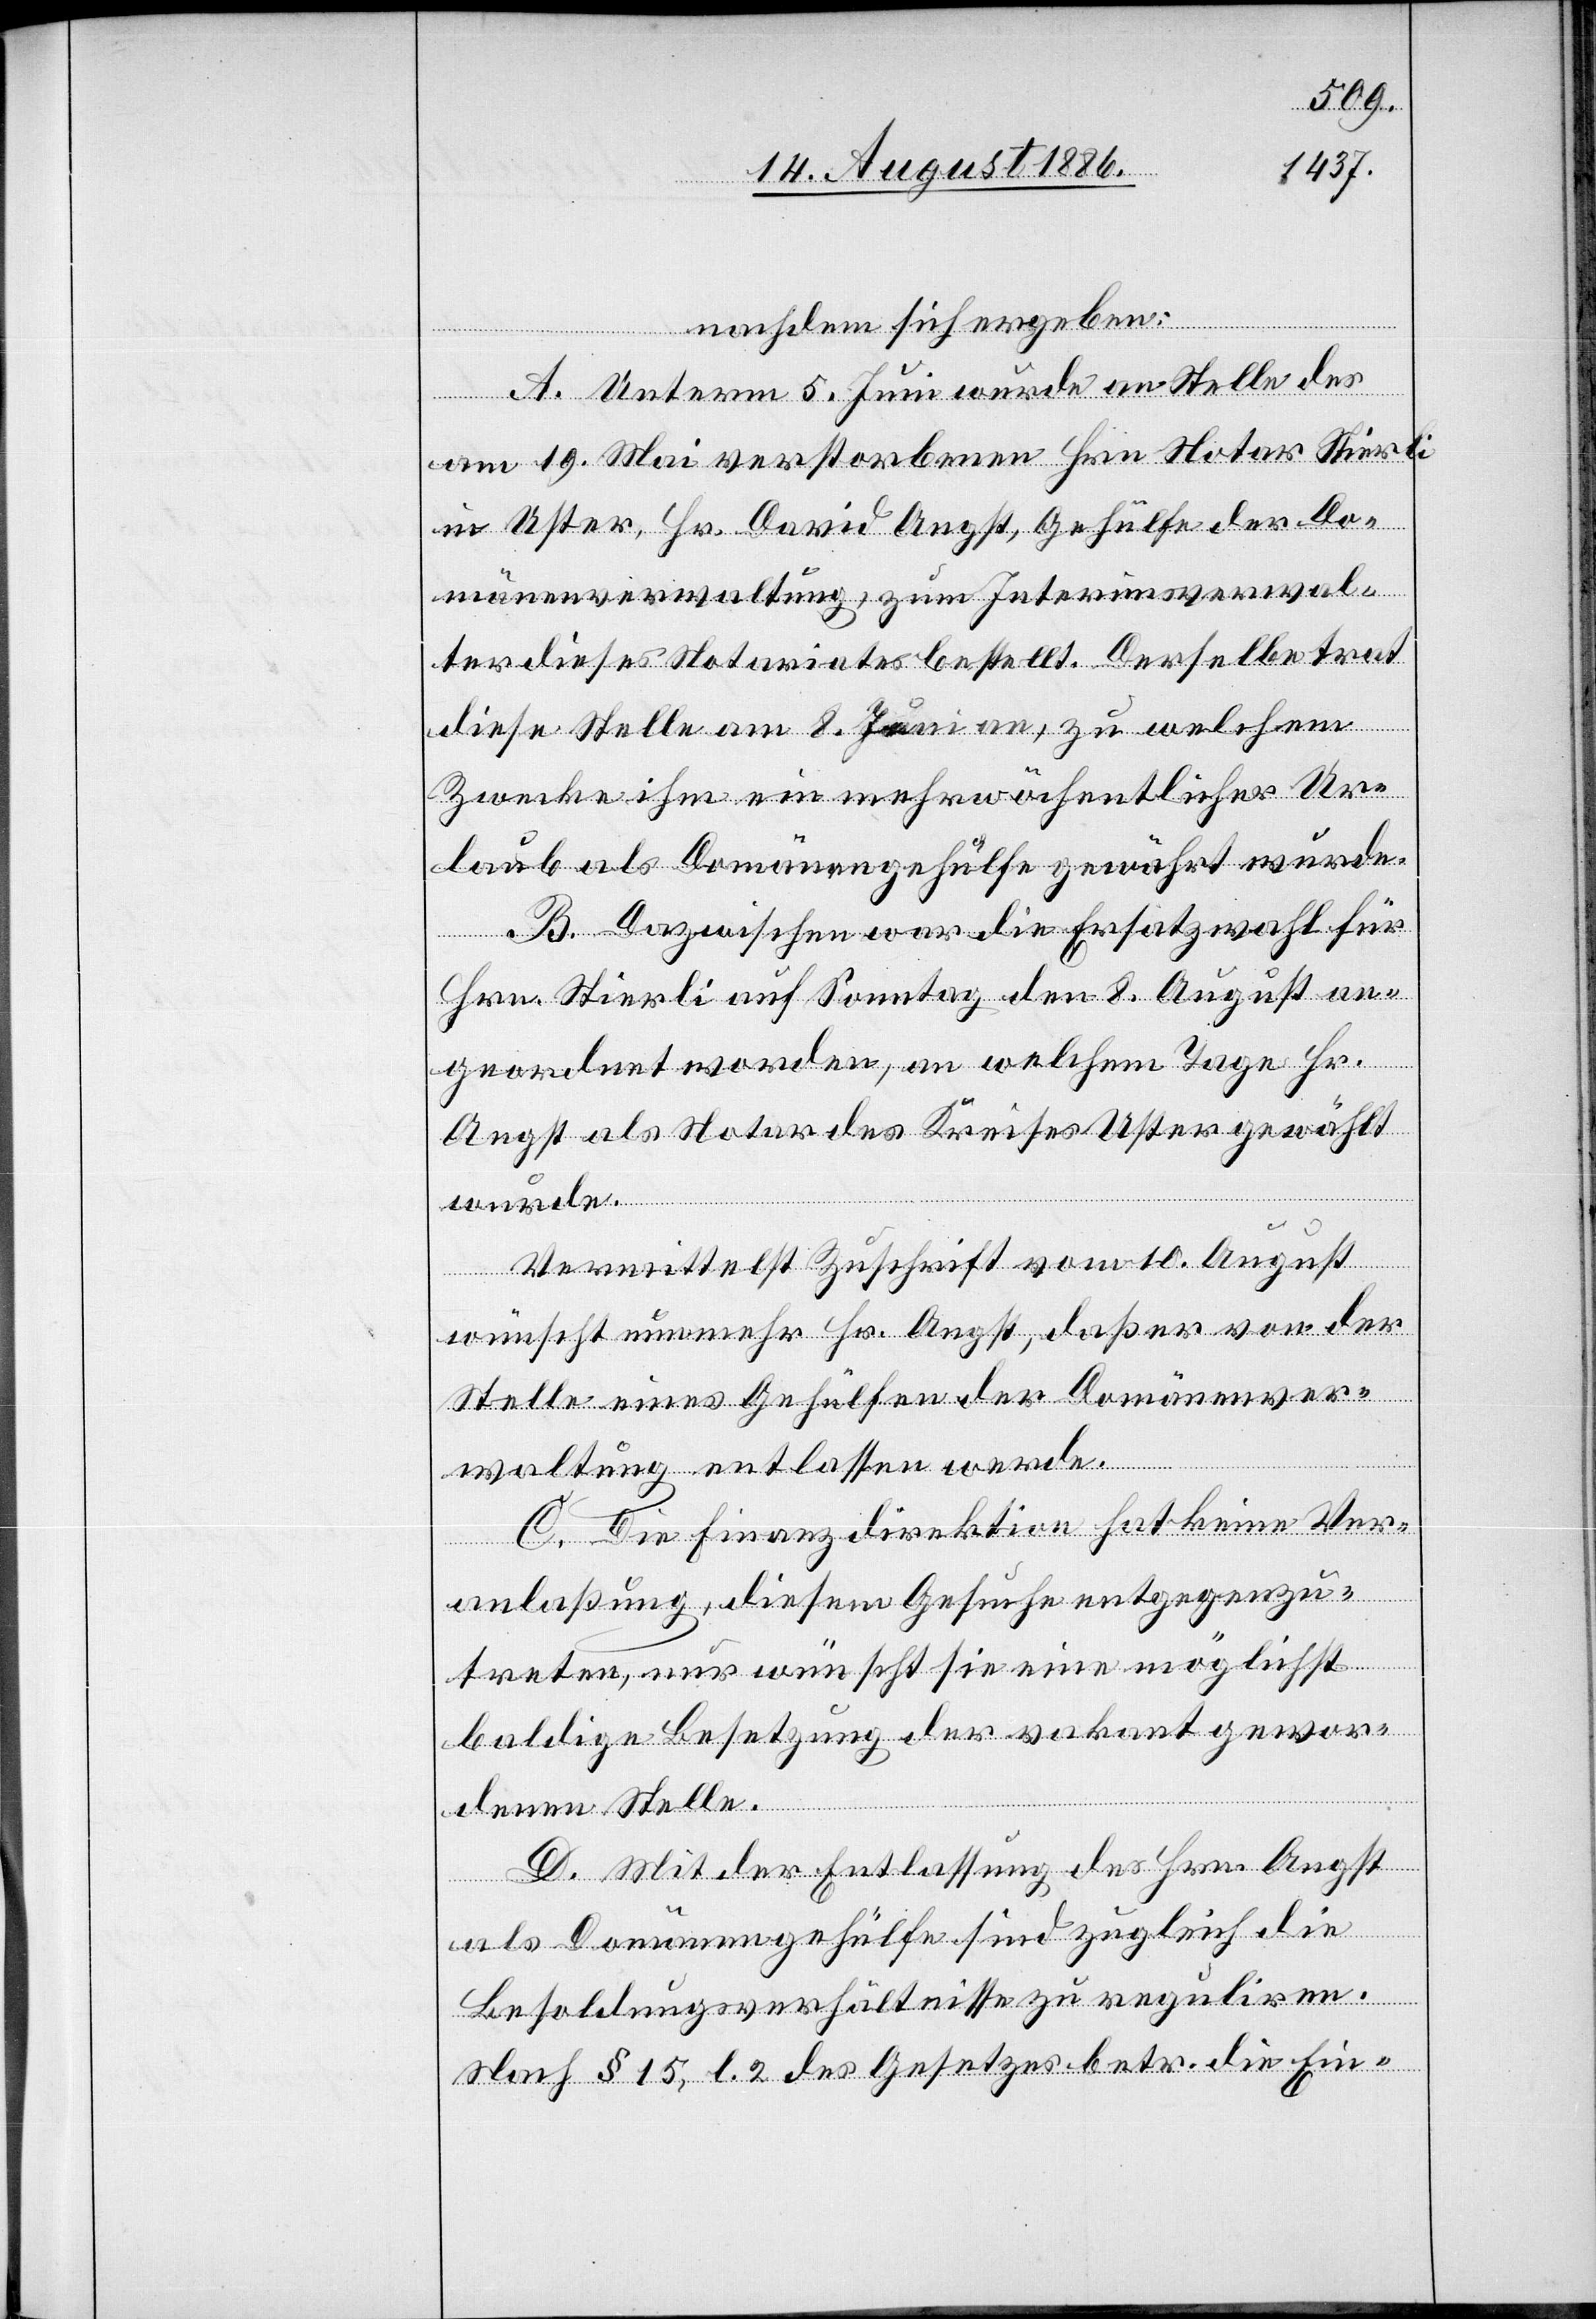
nachdem sich ergeben:
A. Unterm 5. Juni wurde an Stelle des
am 19. Mai verstorbenen Hrn. Notar Stierli
in Uster, Hr. David Angst, Gehülfe der Do¬
mänenverwaltung, zum Interimsverwal¬
ter dieses Notariates bestellt. Derselbe trat
diese Stelle am 8. Juni an, zu welchem
Zwecke ihm ein mehrwöchentlicher Ur¬
laub als Domänengehülfe gewährt wurde.
B. Dazwischen war die Ersatzwahl für
Hrn. Stierli auf Sonntag den 8. August an¬
geordnet worden, an welchem Tage Hr.
Angst als Notar des Kreises Uster gewählt
Vermittelst Zuschrift vom 10. August
wünscht nunmehr Hr. Angst, daß er von der
Stelle eines Gehülfen der Domänenver¬
waltung entlassen werde.
C. Die Finanzdirektion hat keine Ver¬
anlaßung, diesem Gesuche entgegenzu¬
treten, nur wünscht sie eine möglichst
baldige Besetzung der vakant gewor¬
denen Stelle.
D. Mit der Entlassung des Hrn. Angst
als Domänengehülfe sind zugleich die
wurde.
Besoldungsverhältnisse zu reguliren.
Nach § 15, l. 2 des Gesetzes betr. die Ein-